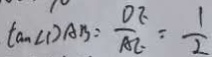
\tan \angle D A B = \frac { D E } { A E } = \frac { 1 } { 2 }